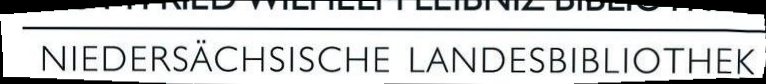
NIEDERSÄCHSISCHE LANDESBIBLIOTHEK